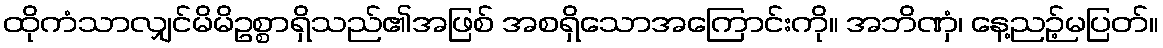
ထိုကံသာလျှင်မိမိဥစ္စာရှိသည်၏အဖြစ် အစရှိသောအကြောင်းကို။ အဘိဏှံ၊ နေ့ညဉ့်မပြတ်။